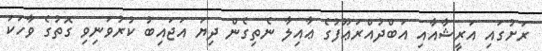
ރަށުގައި އަރީޝާއާއި އަބްދުއްރަޢޫފުގެ ޢާއިލާ ނެތިގެން ދިޔަ އަޖައިބު ކުރުވަނިވި ގޮތުގެ ވާހަކަ